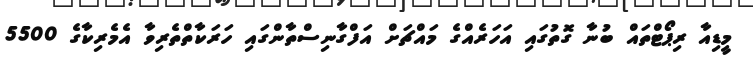
މީޑިއާ ރިޕޯޓްތައް ބުނާ ގޮތުގައި އަހަރެއްގެ މައްޗަށް އަފްގާނިސްތާންގައި ހަރަކާތްތެރިވާ އެމެރިކާގެ 5500